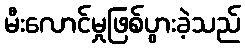
မီးလောင်မှုဖြစ်ပွားခဲ့သည်